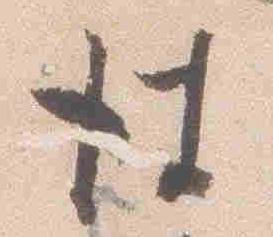
彼